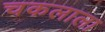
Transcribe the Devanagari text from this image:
चकलाला